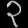
Digit: ၃